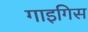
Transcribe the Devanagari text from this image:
गाइगिस